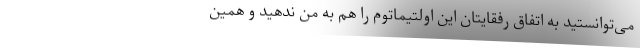
می‌توانستید به اتفاق رفقایتان این اولتیماتوم را هم به من ندهید و همین